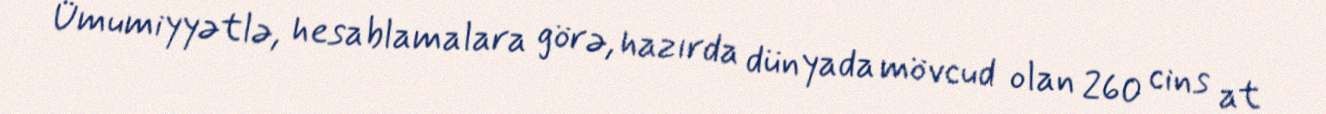
Ümumiyyətlə, hesablamalara görə, hazırda dünyada mövcud olan 260 cins at